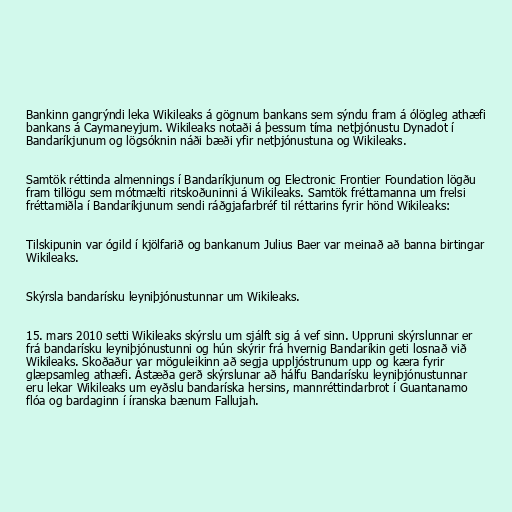
Bankinn gangrýndi leka Wikileaks á gögnum bankans sem sýndu fram á ólögleg athæfi
bankans á Caymaneyjum. Wikileaks notaði á þessum tíma netþjónustu Dynadot í
Bandaríkjunum og lögsóknin náði bæði yfir netþjónustuna og Wikileaks.

Samtök réttinda almennings í Bandaríkjunum og Electronic Frontier Foundation lögðu
fram tillögu sem mótmælti ritskoðuninni á Wikileaks. Samtök fréttamanna um frelsi
fréttamiðla í Bandaríkjunum sendi ráðgjafarbréf til réttarins fyrir hönd Wikileaks:

Tilskipunin var ógild í kjölfarið og bankanum Julius Baer var meinað að banna birtingar
Wikileaks.

Skýrsla bandarísku leyniþjónustunnar um Wikileaks.

15. mars 2010 setti Wikileaks skýrslu um sjálft sig á vef sinn. Uppruni skýrslunnar er
frá bandarísku leyniþjónustunni og hún skýrir frá hvernig Bandaríkin geti losnað við
Wikileaks. Skoðaður var möguleikinn að segja uppljóstrunum upp og kæra fyrir
glæpsamleg athæfi. Ástæða gerð skýrslunar að hálfu Bandarísku leyniþjónustunnar
eru lekar Wikileaks um eyðslu bandaríska hersins, mannréttindarbrot í Guantanamo
flóa og bardaginn í íranska bænum Fallujah.